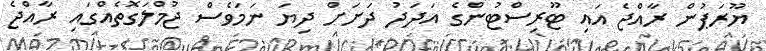
ޔޫރަޕުން ރާއްޖެ އައި ޓޫރިސްޓުންގެ އަދަދު ދަށަށް ދިޔަ ނަމަވެސް ޖުމްލަގޮތެއްގައި ރާއްޖެ